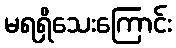
မရရှိသေးကြောင်း